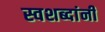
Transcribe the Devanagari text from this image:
स्वशब्दांनी